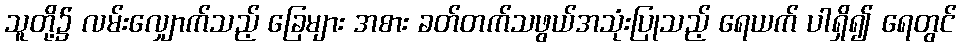
သူတို့၌ လမ်းလျှောက်သည့် ခြေများ အစား ခတ်တက်သဖွယ်အသုံးပြုသည့် ရေယက် ပါရှိ၍ ရေတွင်